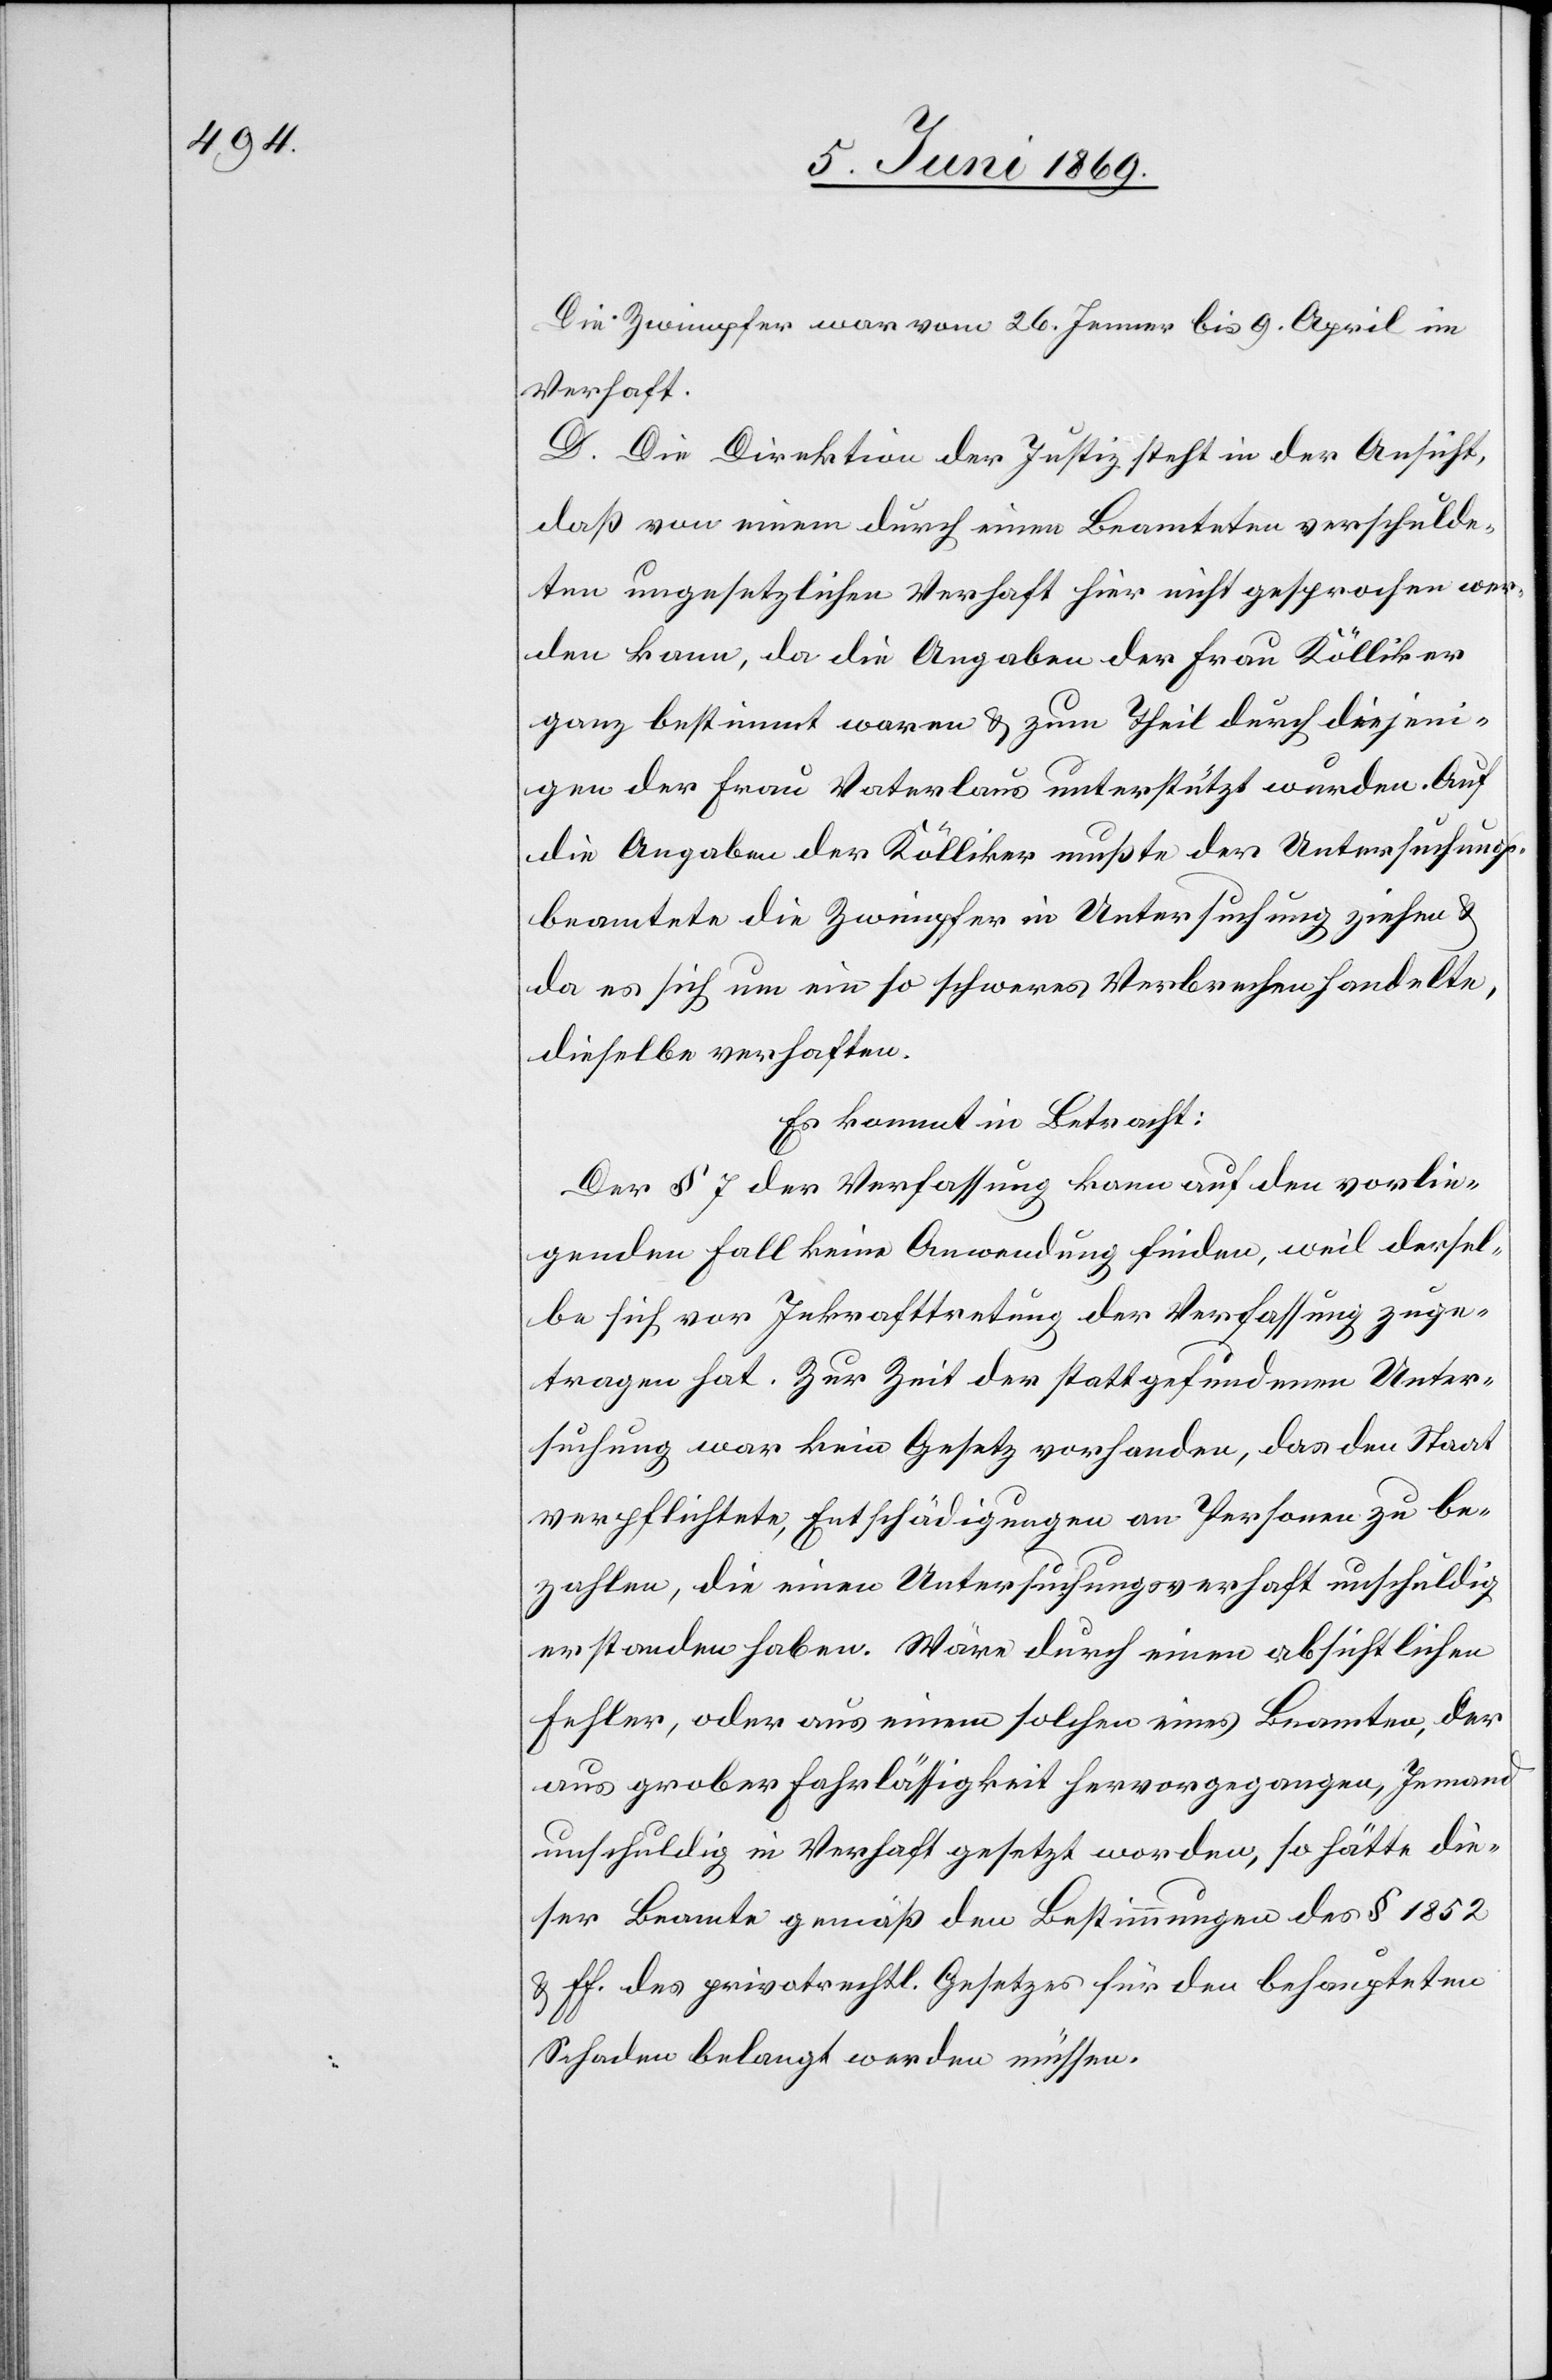
Die Zwimpfer war vom 26 Jenner bis 9 April im
Verhaft.
D. Die Direktion der Justiz steht in der Ansicht,
daß von einem durch einen Beamteten verschulde¬
ten ungesetzlichen Verhaft hier nicht gesprochen wer¬
den kann, da die Angaben der Frau Kölliker
ganz bestimmt waren u. zum Theil durch diejeni¬
gen der Frau Vaterlaus unterstützt wurden. Auf
die Angaben der Kölliker mußte der Untersuchungs¬
beamtete die Zwimpfer in Untersuchung ziehen u.
da es sich um ein so schweres Verbrechen handelte,
dieselbe verhaften.
Der § 7 der Verfassung kann auf den vorlie¬
genden Fall keine Anwendung finden, weil dersel¬
be sich vor Inkrafttretung der Verfassung zuge¬
tragen hat. Zur Zeit der stattgefundenen Unter¬
suchung war kein Gesetz vorhanden, das den Staat
verpflichtete, Entschädigungen an Personen zu be¬
zahlen, die einen Untersuchungsverhaft unschuldig
erstanden haben. Wäre durch einen absichtlichen
Fehler, oder aus einem solchen eines Beamten, der
aus grober Fahrlässigkeit hervorgegangen, Jemand
unschuldig in Verhaft gesetzt worden, so hätte die¬
ser Beamte gemäß den Bestimmungen des § 1852
u. ff. des privatrechtl. Gesetzes für den behaupteten
Schaden belangt werden müssen.